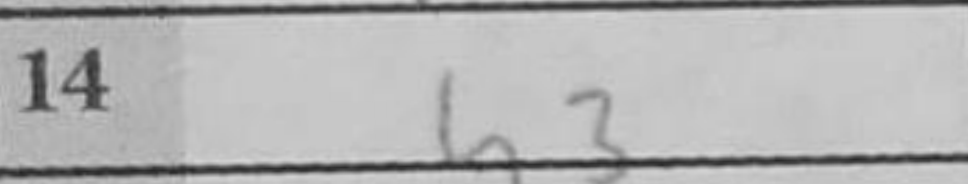
Transcription: h3